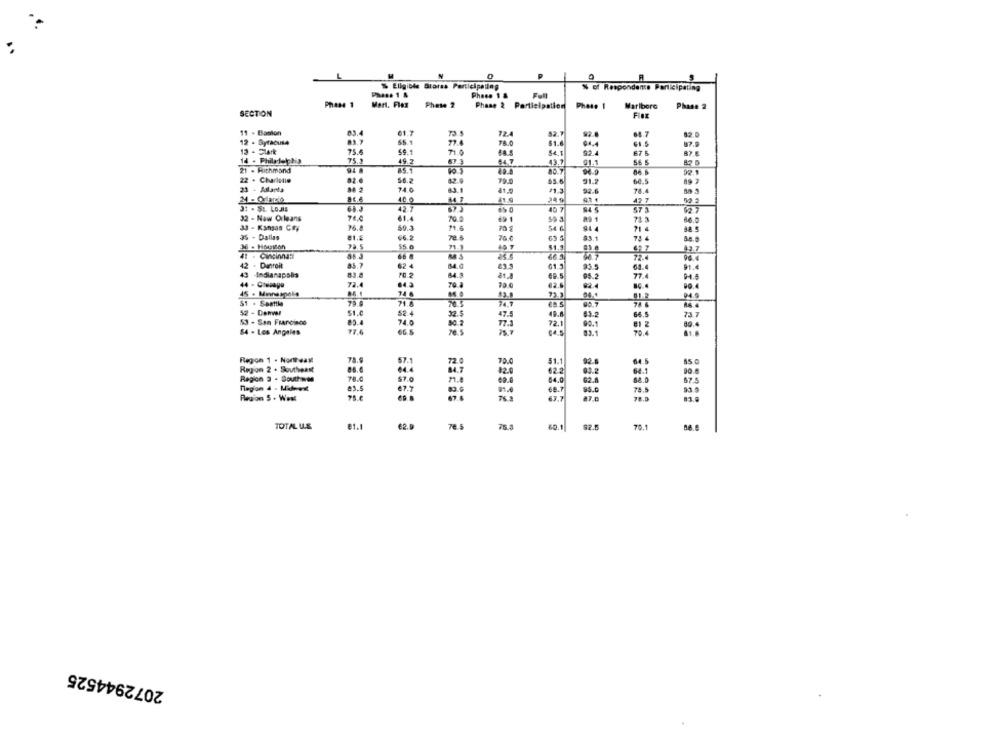
R
$ Eligible Stores Participating
% of Respondente Participating
Phase 1 &
Phase 1
Mert. Flex
Phase 2
SECTION
Phase 2 Participation
Photo 1
Marlboro
Phase 2
FIRE
11 . Baston
61.7
72.4
52.1
64.7
12 - Syracuse
55.1
78.0
61.5
n.
12 - Clark
75.6
40.1
54.1
67 5
87.6
14 . Philadelphia
75.9
49.F
64 7
43.7
01.1
56 6
21 - Hithmand
94 A
85.1
94.9
22 - Charletie
56.2
10.
79.0
65.6
91.2
02.1
62.9
60.5
23 - Planta
74.0
81.9
92-6
78.
41,0
42 7
31 . 51. Louis
42.7
94
41.4
32 - New Orleans
70.0
691
71 3
33 - Kansas Chy
59.3
70 5
54 6
94 4
71 4
35 - Dallas
€6.2
70.8
65 5
83.1
73 4
A
55.0
40
41.5
43.7
66.3
72.4
96.4
42
. Danroit
85.7
$2 4
23.3
64.
43 -Indianapolis
05.2
77.4
94.4
72.4
70.a
20.0
45 . Mineapolis
74 6
51 . Seattle
74 6
52 - Denwe
32.5
47.5
49.4
73.7
64.5
53 - San Francisco
77.1
72.1
90.1
81 2
84 - Los Angeles
64.5
03.1
70.4
Regon 1 - Northeast
57.1
72
70.0
51.1
64 5
85 0
Region 2 . Southeast
04.4
12.0
03.2
Region 3 - South was
74.0
57.0
64.0
62.6
67.5
67.7
68.7
78.5
Region 5 . West
75.6
7.4
67.7
78.0
TOTAL U.S.
76. 5
75.3
92.5
70.1
2072944525